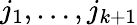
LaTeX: j_{1},\ldots,j_{k+1}